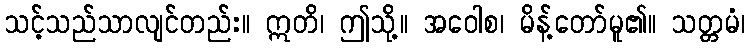
သင့်သည်သာလျင်တည်း။ ဣတိ၊ ဤသို့။ အဝေါစ၊ မိန့်တော်မူ၏။ သတ္တမံ၊